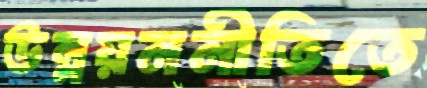
উন্নয়ননীতিতে